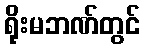
ရိုးမဘဏ်တွင်